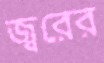
জ্বরের